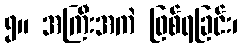
၅။ အကြီးအကဲ ဖြစ်ရခြင်း၊